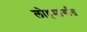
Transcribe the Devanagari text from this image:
लोहमार्गात